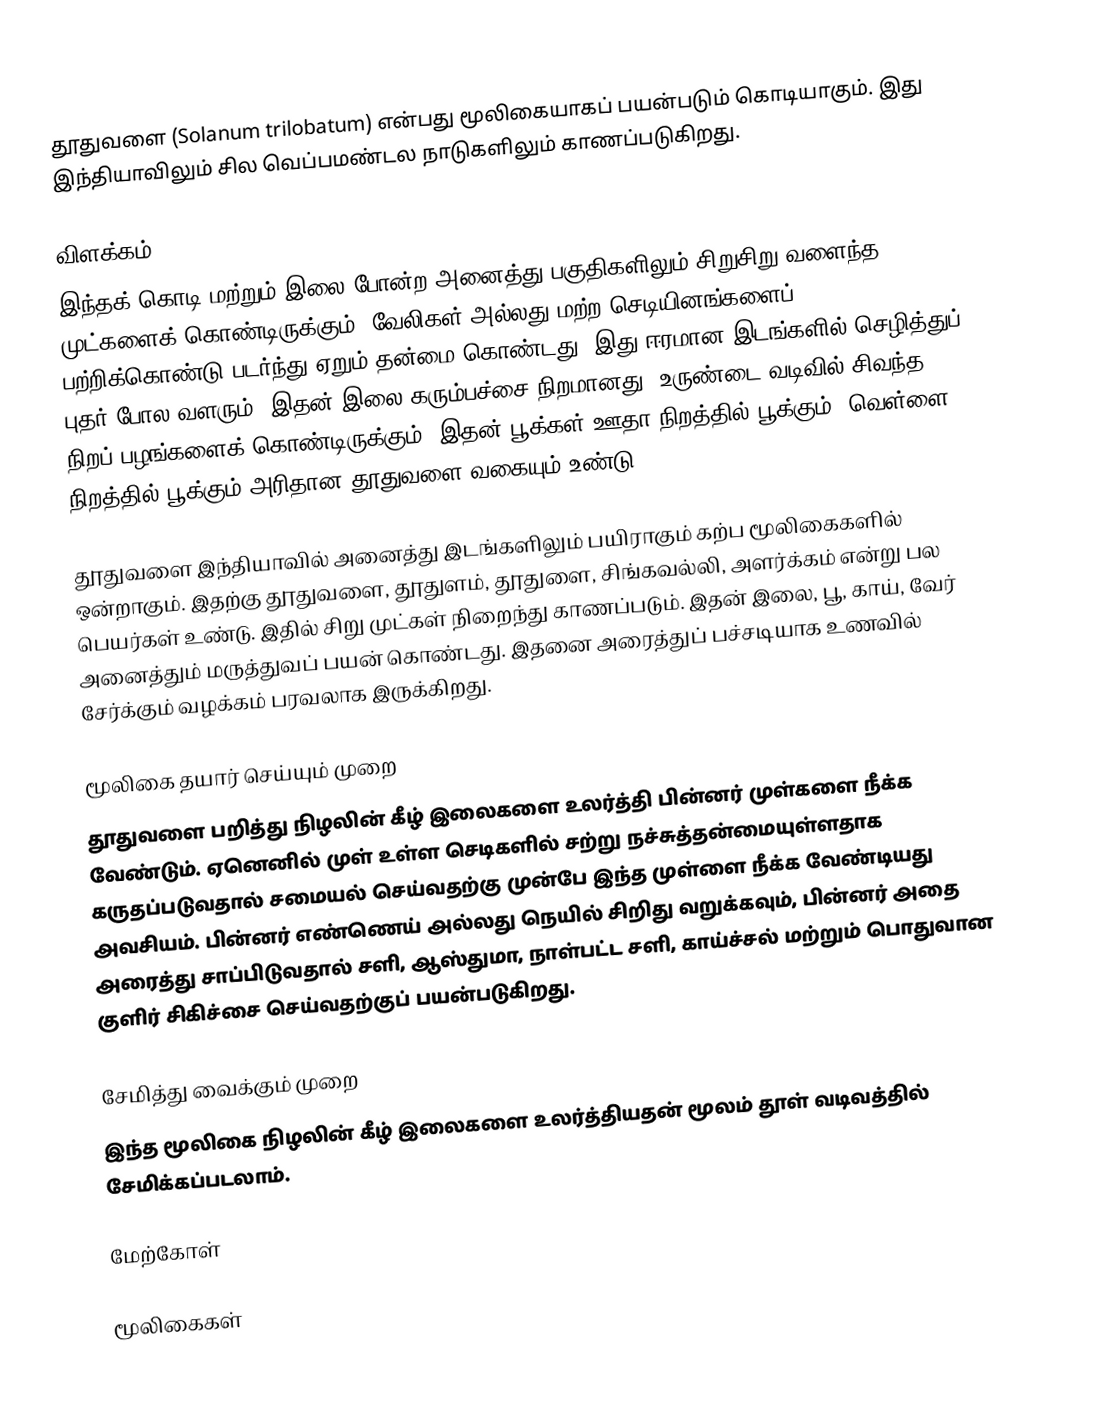
தூதுவளை (Solanum trilobatum) என்பது மூலிகையாகப் பயன்படும் கொடியாகும். இது இந்தியாவிலும் சில வெப்பமண்டல நாடுகளிலும் காணப்படுகிறது.

விளக்கம்
இந்தக் கொடி மற்றும் இலை போன்ற அனைத்து பகுதிகளிலும் சிறுசிறு வளைந்த முட்களைக் கொண்டிருக்கும். வேலிகள் அல்லது மற்ற செடியினங்களைப் பற்றிக்கொண்டு படர்ந்து ஏறும் தன்மை கொண்டது.  இது ஈரமான இடங்களில் செழித்துப் புதர் போல வளரும். இதன் இலை கரும்பச்சை நிறமானது. உருண்டை வடிவில் சிவந்த நிறப் பழங்களைக் கொண்டிருக்கும். இதன் பூக்கள் ஊதா நிறத்தில் பூக்கும். வெள்ளை நிறத்தில் பூக்கும் அரிதான தூதுவளை வகையும் உண்டு.

தூதுவளை இந்தியாவில் அனைத்து இடங்களிலும் பயிராகும் கற்ப மூலிகைகளில் ஒன்றாகும். இதற்கு தூதுவளை,  தூதுளம், தூதுளை, சிங்கவல்லி, அளர்க்கம் என்று பல பெயர்கள் உண்டு. இதில் சிறு முட்கள் நிறைந்து காணப்படும். இதன் இலை, பூ, காய், வேர் அனைத்தும் மருத்துவப் பயன் கொண்டது. இதனை அரைத்துப் பச்சடியாக உணவில் சேர்க்கும் வழக்கம் பரவலாக இருக்கிறது.

மூலிகை தயார் செய்யும் முறை
தூதுவளை பறித்து நிழலின் கீழ் இலைகளை உலர்த்தி பின்னர் முள்களை நீக்க வேண்டும். ஏனெனில் முள் உள்ள செடிகளில்  சற்று நச்சுத்தன்மையுள்ளதாக கருதப்படுவதால் சமையல் செய்வதற்கு முன்பே இந்த முள்ளை நீக்க வேண்டியது அவசியம். பின்னர் எண்ணெய் அல்லது நெயில் சிறிது வறுக்கவும், பின்னர் அதை அரைத்து சாப்பிடுவதால் சளி, ஆஸ்துமா, நாள்பட்ட சளி, காய்ச்சல் மற்றும் பொதுவான குளிர் சிகிச்சை செய்வதற்குப் பயன்படுகிறது.

சேமித்து வைக்கும் முறை
இந்த மூலிகை நிழலின் கீழ் இலைகளை உலர்த்தியதன் மூலம் தூள் வடிவத்தில் சேமிக்கப்படலாம்.

மேற்கோள்

மூலிகைகள்